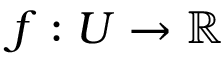
f : U \to \mathbb { R }